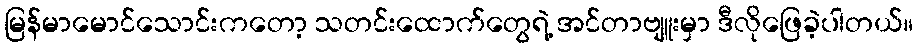
မြန်မာမောင်သောင်းကတော့ သတင်းထောက်တွေရဲ့ အင်တာဗျူးမှာ ဒီလိုဖြေခဲ့ပါတယ်။